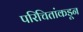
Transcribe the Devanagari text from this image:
परिचितांकडून